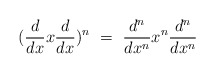
\begin{align*}({d \over dx} x {d \over dx})^n \ =\ {d^n \over dx^n} x^n {d^n \over dx^n}\end{align*}